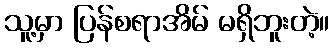
သူ့မှာ ပြန်စရာအိမ် မရှိဘူးတဲ့။